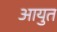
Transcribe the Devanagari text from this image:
आयुत